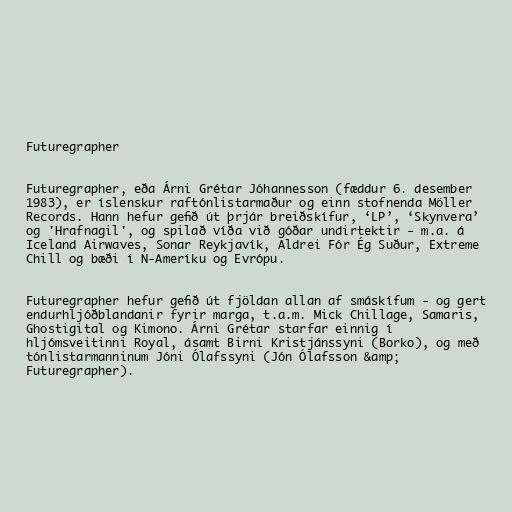
Futuregrapher

Futuregrapher, eða Árni Grétar Jóhannesson (fæddur 6. desember
1983), er íslenskur raftónlistarmaður og einn stofnenda Möller
Records. Hann hefur gefið út þrjár breiðskífur, ‘LP’, ‘Skynvera’
og 'Hrafnagil', og spilað víða við góðar undirtektir - m.a. á
Iceland Airwaves, Sonar Reykjavík, Aldrei Fór Ég Suður, Extreme
Chill og bæði í N-Ameríku og Evrópu.

Futuregrapher hefur gefið út fjöldan allan af smáskífum - og gert
endurhljóðblandanir fyrir marga, t.a.m. Mick Chillage, Samaris,
Ghostigital og Kimono. Árni Grétar starfar einnig í
hljómsveitinni Royal, ásamt Birni Kristjánssyni (Borko), og með
tónlistarmanninum Jóni Ólafssyni (Jón Ólafsson &amp;
Futuregrapher).